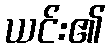
ယင်း၏